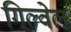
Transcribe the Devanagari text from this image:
गिल्वेल